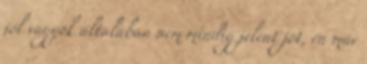
jól vagyok általában nem mindig jelent jót, én már